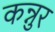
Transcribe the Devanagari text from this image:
कन्नुर